Indian journal of veterinary science and animal husbandry - Volume 5,
Year: 1935
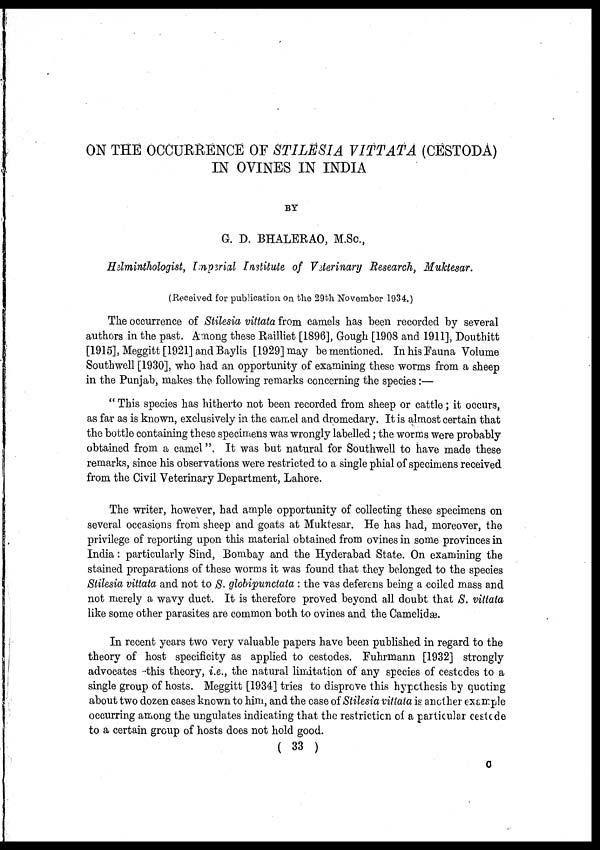
ON THE OCCURRENCE OF STILESIA VITTATA (CESTODA)
IN OVINES IN INDIA
BY
G. D. BHALERAO, M.Sc.,
Helminthologist, Imperial Institute of Veterinary Research, Muktesar.
(Received for publication on the 29th November 1934.)
The occurrence of Stilesia vittata from camels has been recorded by several
authors in the past. Among these Railliet [1896], Gough [1908 and 1911], Douthitt
[1915], Meggitt [1921] and Baylis [1929] may be mentioned. In his Fauna Volume
Southwell [1930], who had an opportunity of examining these worms from a sheep
in the Punjab, makes the following remarks concerning the species :—
" This species has hitherto not been recorded from sheep or cattle; it occurs,
as far as is known, exclusively in the camel and dromedary. It is almost certain that
the bottle containing these specimens was wrongly labelled; the worms were probably
obtained from a camel". It was but natural for Southwell to have made these
remarks, since his observations were restricted to a single phial of specimens received
from the Civil Veterinary Department, Lahore.
The writer, however, had ample opportunity of collecting these specimens on
several occasions from sheep and goats at Muktesar. He has had, moreover, the
privilege of reporting upon this material obtained from ovines in some provinces in
India: particularly Sind, Bombay and the Hyderabad State. On examining the
stained preparations of these worms it was found that they belonged to the species
Stilesia vittata and not to S. globipunctata : the vas deferens being a coiled mass and
not merely a wavy duct. It is therefore proved beyond all doubt that S. vittata
like some other parasites are common both to ovines and the Camelidæ.
In recent years two very valuable papers have been published in regard to the
theory of host specificity as applied to cestodes. Fuhrmann [1932] strongly
advocates this theory, i.e., the natural limitation of any species of cestodes to a
single group of hosts. Meggitt [1934] tries to disprove this hypothesis by quoting
about two dozen cases known to him, and the case of Stilesia vittata is another example
occurring among the ungulates indicating that the restriction of a particular cestode
to a certain group of hosts does not hold good.
( 33 )
C